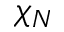
\chi _ { N }